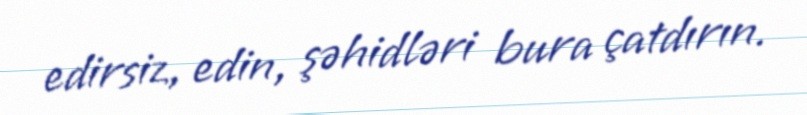
edirsiz, edin, şəhidləri bura çatdırın.